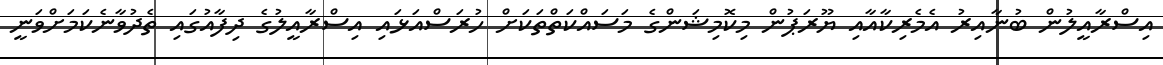
އިސްރާއީލުން ބުނާއިރު އެމެރިކާއާއި ޔޫރަޕުން މިކޮމިޝަންގެ މަސައްކަތްތަކަށް ހުރަސްއަޅައި އިސްރާއީލުގެ ދިފާއުގައި ތެދުވާނެކަމަށްވަނީ